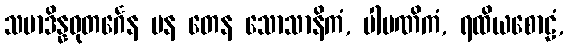
သမာဒိန္နဓုတင်္ဂေန ပန တေန သောသာနိကံ, ပါပဏိကံ, ရထိယစောဠံ,